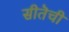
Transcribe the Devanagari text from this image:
सीतॆची